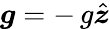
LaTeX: \boldsymbol{g}=-\, g\hat{\boldsymbol z}